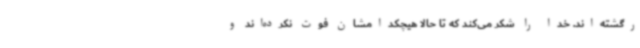
رگشته‌اند. خدا را شکر می‌کند که تا حالا هیچکدامشان فوت نکرده‌اند و